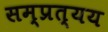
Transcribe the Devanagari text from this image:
सम्प्रत्यय